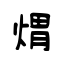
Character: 煟